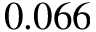
0 . 0 6 6